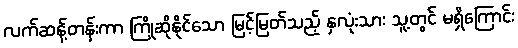
လက်ဆန့်တန်းကာ ကြိုဆိုနိုင်သော မြင့်မြတ်သည့် နှလုံးသား သူ့တွင် မရှိကြောင်း